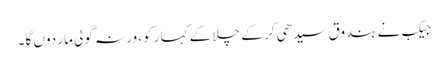
جیکب نے بندوق سیدھی کر کے چلا کے کہا رکو، ورنہ گولی مار دوں گا۔